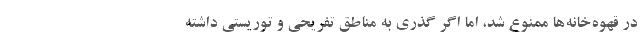
در قهوه‌خانه‌ها ممنوع شد، اما اگر گذری به مناطق تفریحی و توریستی داشته